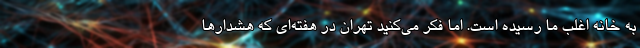
به خانه اغلب ما رسیده است. اما فکر می‌کنید تهران در هفته‌ای که هشدارها